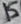
Text: 15